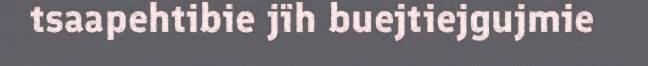
tsaapehtibie jïh buejtiejgujmie